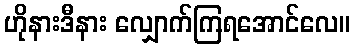
ဟိုနားဒီနား လျှောက်ကြရအောင်လေ။